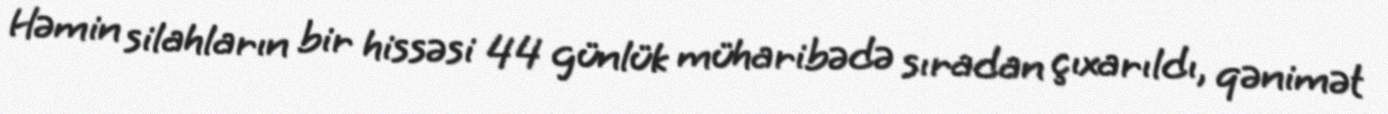
Həmin silahların bir hissəsi 44 günlük müharibədə sıradan çıxarıldı, qənimət